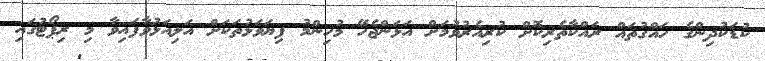
ކުޑަކުދިންގެ ހައްގުތައް ރައްކާތެރިކޮށް ކުރިއެރުވުމަށް އަޅަންޖެހޭ މުހިންމު ފިޔަވަޅުތަކަށް އަލިއަޅުވާފައިވާ މި ރިޕޯޓުގައި